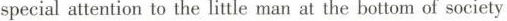
special attention to the little man at the bottom of society